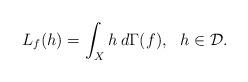
LaTeX: \begin{align*}L_f(h)=\int_X h\:d\Gamma(f), \ \ h\in\mathcal{D}.\end{align*}